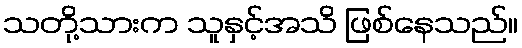
သတို့သားက သူနှင့်အသိ ဖြစ်နေသည်။